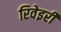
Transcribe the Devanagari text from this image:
रिवेइरी